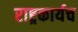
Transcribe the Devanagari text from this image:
राष्ट्रकार्यच